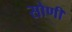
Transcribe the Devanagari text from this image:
सोणी